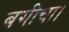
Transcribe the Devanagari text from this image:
बगीचा।